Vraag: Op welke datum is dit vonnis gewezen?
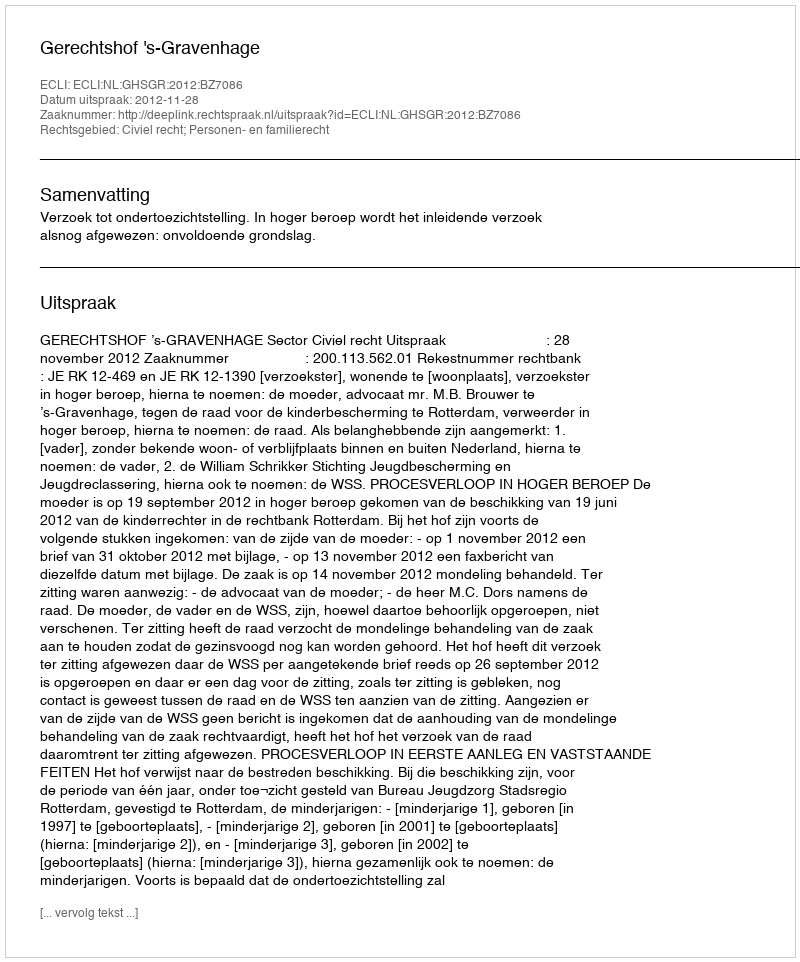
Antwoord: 2012-11-28